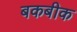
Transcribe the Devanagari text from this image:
बकबीक